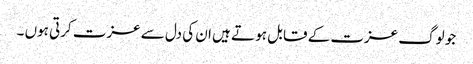
جو لوگ عزت کے قابل ہو تے ہیں ان کی دل سے عزت کرتی ہوں ۔